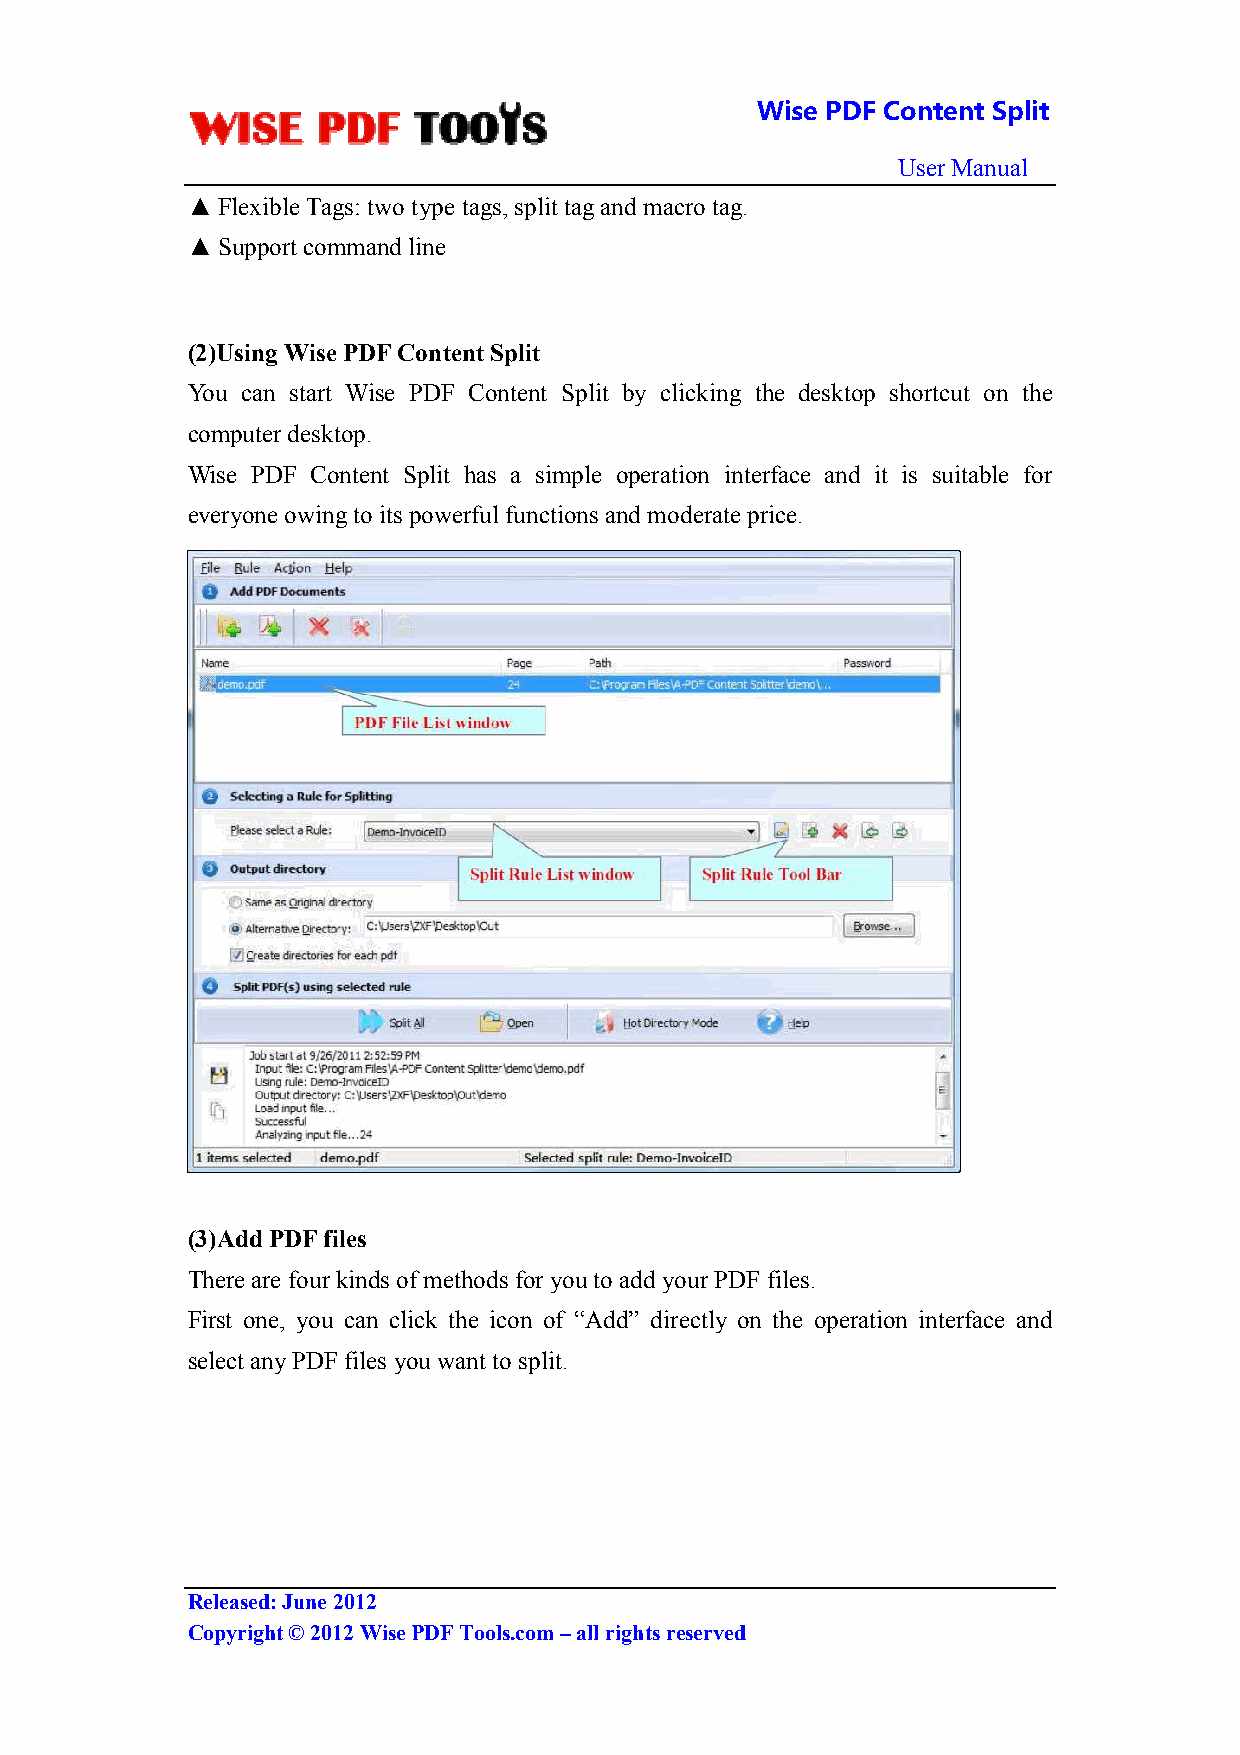
Wise PDF Content Split
 User Manual
 ▲ Flexible Tags: two type tags, split tag and macro tag.
 ▲ Support command line
 (2)Using Wise PDF Content Split
 You can start Wise PDF Content Split by clicking the desktop shortcut on the
 computer desktop.
 Wise PDF Content Split has a simple operation interface and it is suitable for
 everyone owing to its powerful functions and moderate price.
 (3)Add PDF files
 There are four kinds of methods for you to add your PDF files.
 First one, you can click the icon of “Add” directly on the operation interface and
 select any PDF files you want to split.
 Released: June 2012
 Copyright © 2012 Wise PDF Tools.com – all rights reserved